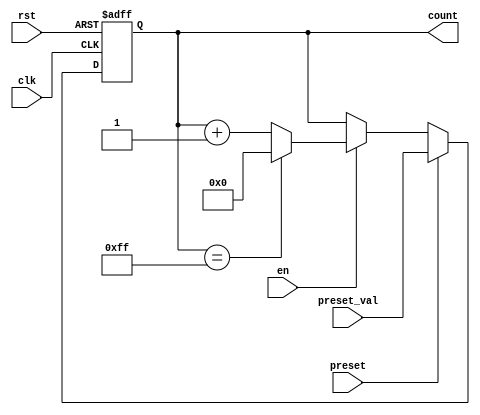
module presettable_counter (
    input wire clk,               // Clock signal
    input wire rst,               // Asynchronous reset signal
    input wire preset,            // Preset control signal
    input wire [7:0] preset_val,  // Value to load when preset is active
    input wire en,                // Enable counting operation
    output reg [7:0] count        // Current count value
);
    // Parameter for maximum count value
    parameter MAX_COUNT = 8'hFF;  // 8-bit counter max value

    // Always block triggered on the clock edge or reset
    always @(posedge clk or posedge rst) begin
        if (rst) begin
            // Reset the counter to zero
            count <= 8'b0;
        end else if (preset) begin
            // Load preset value into the counter
            count <= preset_val;
        end else if (en) begin
            // Increment the counter if enabled
            if (count == MAX_COUNT) begin
                count <= 8'b0;  // Wrap around to zero
            end else begin
                count <= count + 1'b1;
            end
        end
        // If neither reset nor preset nor enable is active, hold current value
    end
endmodule